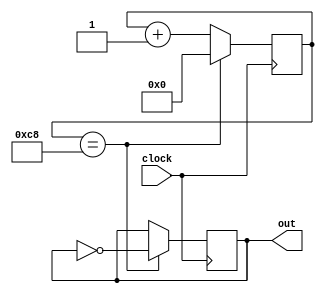
module clock_divider1Hz(
	input wire clock,
	output reg out
);
    reg[11:0]clkr_4000 = 12'b0;
    initial begin
        out = 0;
    end
    always @(posedge clock)
    begin
        clkr_4000 <= clkr_4000 + 12'b1;
        if (clkr_4000 == 200)
        begin
            clkr_4000 <= 12'b0;
            out <= ~out;
        end
    end
endmodule